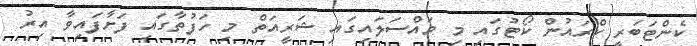
ކެންޓަބަރީ ކްރައުން ކޯޓުގައި މި މައްސަލައިގައި ޝަރީއަތް މި ހަފުތާގައި ފަށާފައިވާ އިރު